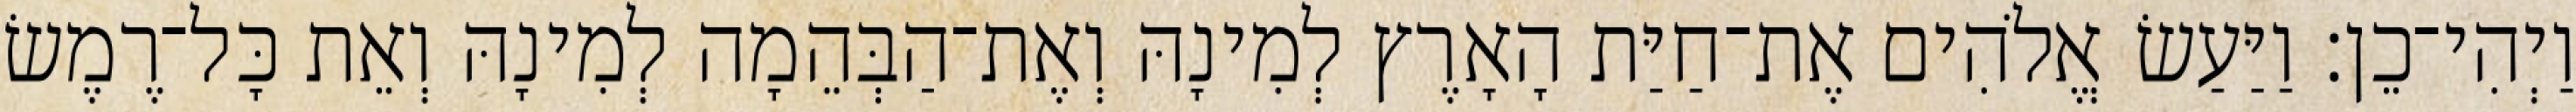
וַיְהִי־כֵן׃ וַיַּעַשׂ אֱלֹהִים אֶת־חַיַּת הָאָרֶץ לְמִינָהּ וְאֶת־הַבְּהֵמָה לְמִינָהּ וְאֵת כָּל־רֶמֶשׂ